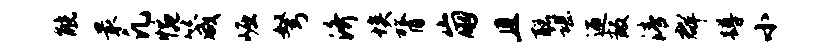
觥最凡惋箴崛弩济埃膂崩且聪谌迎叛清群蹲小